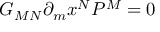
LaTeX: G _ { M N } \partial _ { m } x ^ { N } { \cal P } ^ { M } = 0 ~ ~ ~